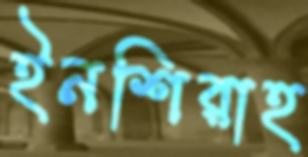
ইনশিরাহ